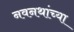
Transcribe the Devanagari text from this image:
नवनथांच्या